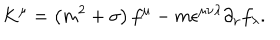
LaTeX: K ^ { \mu } = \left( m ^ { 2 } + \sigma \right) f ^ { \mu } - m \epsilon ^ { \mu \nu \lambda } \partial _ { \nu } f _ { \lambda } .